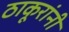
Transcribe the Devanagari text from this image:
ठाकूरांनी